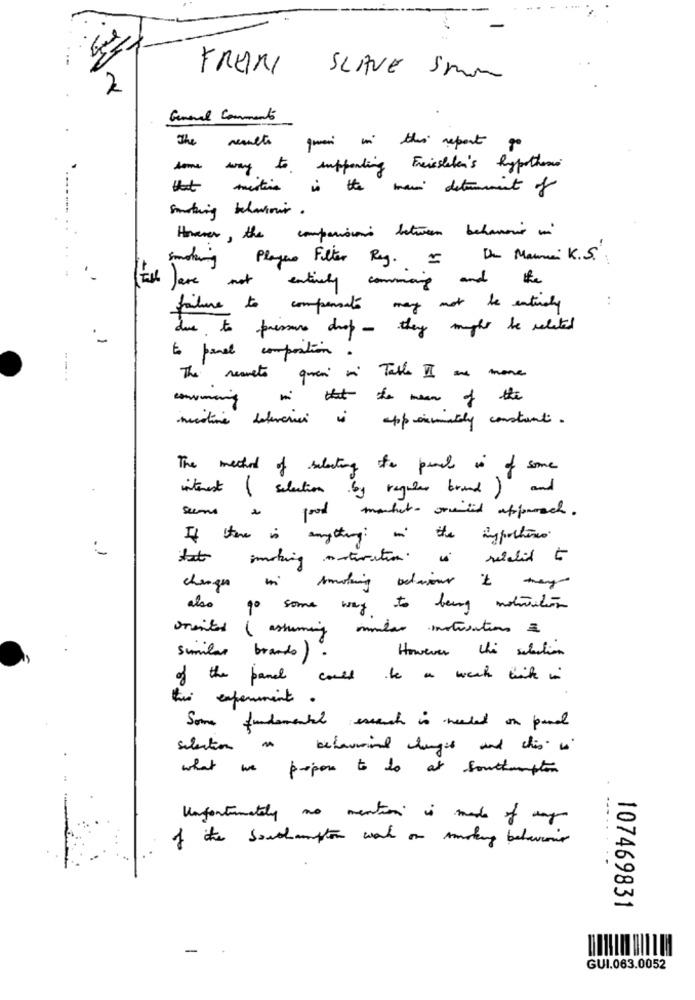
FRENI
SLAVE 5mm
2
General Commento
The results
quais in this report go
some way to supporting Freiesleben's hypothesis
that
mestins is the main detrement of
Smothing behaviour .
..
Hoever, the comparison between behaviour in
..
Smoking Players Filter Reg. I De Marne K.S.
entirely coming and the
Jane not
:
failure to compensate may not be entirely
due to pressure drop - they mugher be related
-
to panel composition.
- - -
The results quesi on Table II are more
in that the man of the
nicotine deliveries is appermately constant.
The method of selecting to punch is of some
interest ( selection by regular brand ) and
good market- oriented apparec .
If there is
anything in the ingportuno.
tat making antiration is realit to
changes
smoking betajour it may
also
90
some way to being motivation
oriented ( assuming omdas instructions &
However the selection
similar brands).
of the panel could be a week think in
the experiment
Some fundamental essaach is needed on pand
behavioral changes and chis is
what we propose to to at southampton
---
Unfortunately no mention is made of may
of the Southampton work on smoking behaviour
107469831
GUI.063.0052